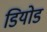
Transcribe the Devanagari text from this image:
डियोड